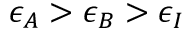
\epsilon _ { A } > \epsilon _ { B } > \epsilon _ { I }